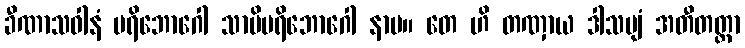
ခီဏာသဝါနံ ပရိဘောဂေါ သာမိပရိဘောဂေါ နာမ။ တေ ဟိ တဏှာယ ဒါသဗျံ အတီတတ္တာ